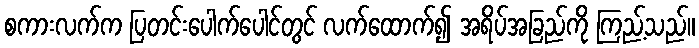
စကားလက်က ပြတင်းပေါက်ပေါင်တွင် လက်ထောက်၍ အရိပ်အခြည်ကို ကြည့်သည်။